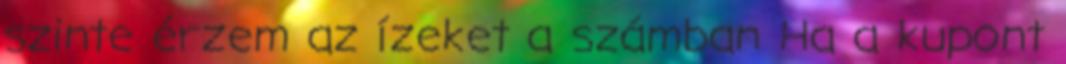
szinte érzem az ízeket a számban Ha a kupont